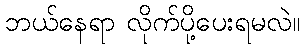
ဘယ်နေရာ လိုက်ပို့ပေးရမလဲ။